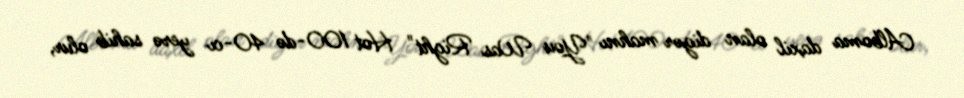
Alboma daxil olan digər mahnı "You Was Right" Hot 100-də 40-cı yerə sahib olur,